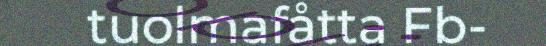
tuolmafåtta Fb-